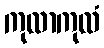
ကုလာကုလံ